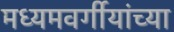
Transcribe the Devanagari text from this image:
मध्यमवर्गीयांच्या